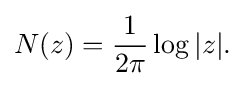
\displaystyle {N(z)={1 \over 2\pi }\log |z|.}